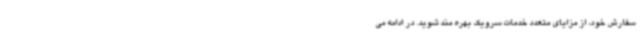
سفارش خود، از مزایای متعدد خدمات سرویک بهره مند شوید. در ادامه می